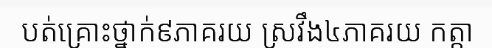
បត់គ្រោះថ្នាក់៩ភាគរយ ស្រវឹង៤ភាគរយ កត្តា